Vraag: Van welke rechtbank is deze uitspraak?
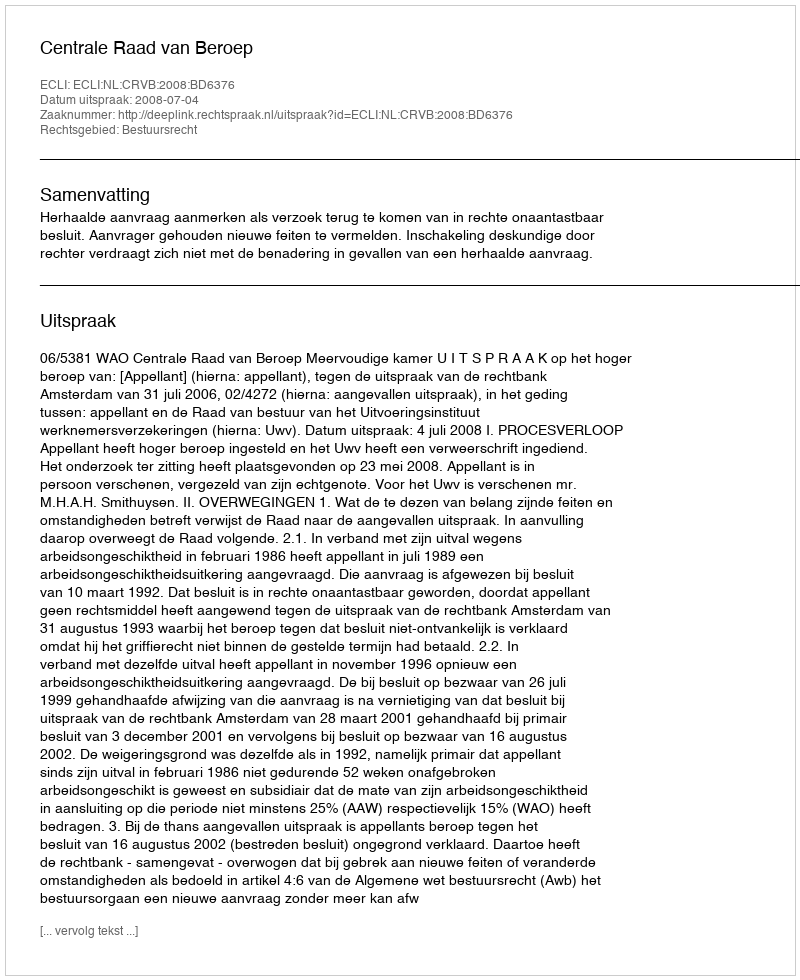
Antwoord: Centrale Raad van Beroep